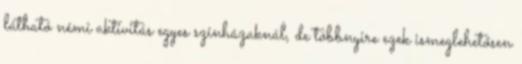
látható némi aktivitás egyes színházaknál, de többnyire ezek ismeglehetősen